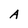
Character: A